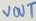
Text: VOUT